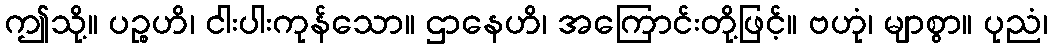
ဤသို့။ ပဉ္စဟိ၊ ငါးပါးကုန်သော။ ဌာနေဟိ၊ အကြောင်းတို့ဖြင့်။ ဗဟုံ၊ မျာစွာ။ ပုညံ၊